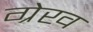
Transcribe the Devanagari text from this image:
ग्रेख